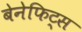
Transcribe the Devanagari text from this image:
बेनेफिट्स